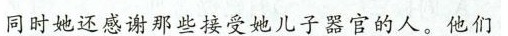
同时她还感谢那些接受她儿子器官的人。他们